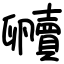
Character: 贕